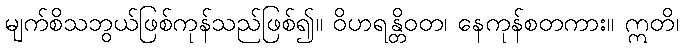
မျက်စိသဘွယ်ဖြစ်ကုန်သည်ဖြစ်၍။ ဝိဟရန္တိဝတ၊ နေကုန်စတကား။ ဣတိ၊